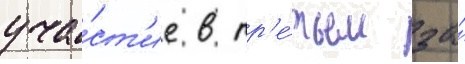
уча́ст'ие в тр'е́тьем за́